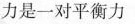
力是一对平衡力